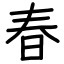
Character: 春